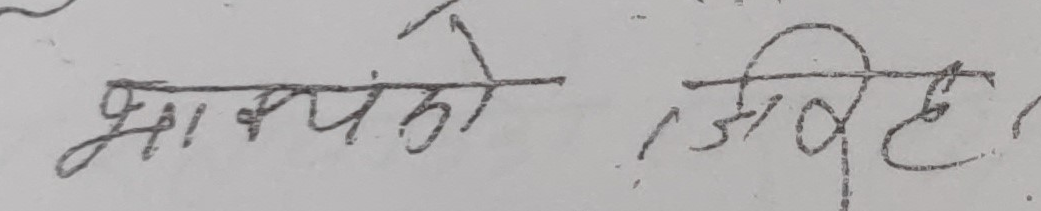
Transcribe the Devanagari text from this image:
भाब्यंको जिहे